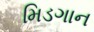
મિડગાન